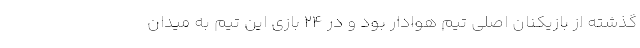
گذشته از بازیکنان اصلی تیم هوادار بود و در ۲۴ بازی این تیم به میدان